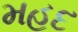
મહદ